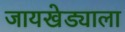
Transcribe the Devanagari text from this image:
जायखेड्याला